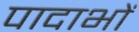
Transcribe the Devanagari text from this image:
पादाभों